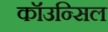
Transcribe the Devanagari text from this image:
कॉउन्सिल